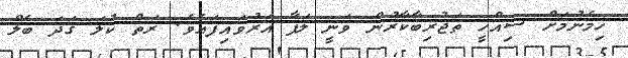
ހިމެނުމަށް ސިއްހީ ތަޖުރިބާކާރުން ވަނީ ލަފާ އަރުވައިފައެވެ. ރަތް ކުލަ ގަދަ ބެލް